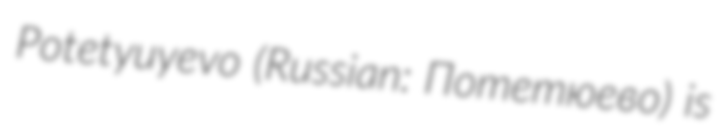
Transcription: Potetyuyevo (Russian: Потетюево) is